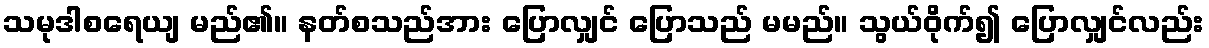
သမုဒါစရေယျ မည်၏။ နတ်စသည်အား ပြောလျှင် ပြောသည် မမည်။ သွယ်ဝိုက်၍ ပြောလျှင်လည်း